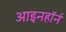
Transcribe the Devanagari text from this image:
आइनहॉर्न